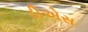
ડીએસ